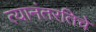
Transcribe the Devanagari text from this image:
त्यानंतरतिचे